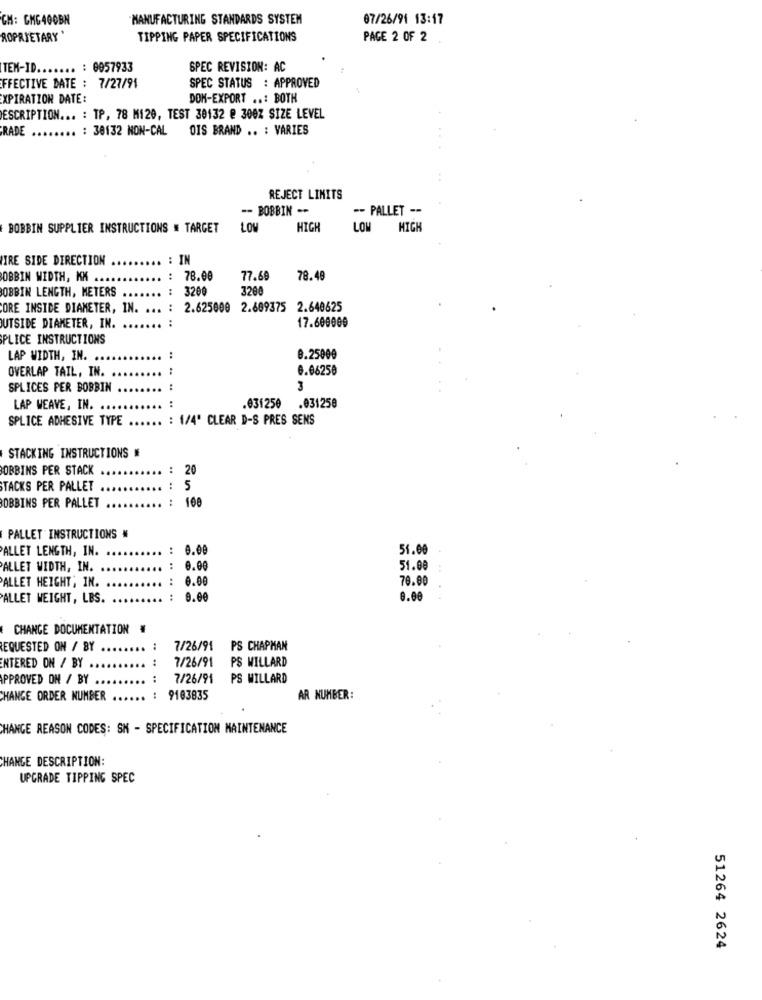
CH: GHG400BN
MANUFACTURING STANDARDS SYSTEM
07/26/91 13:17
ROPRIETARY
TIPPING PAPER SPECIFICATIONS
PAGE 2 OF 2
TEM-ID ....... : 0057933
SPEC REVISION: AC
SPEC STATUS : APPROVED
FFECTIVE DATE : 7/27/91
XPIRATION DATE:
DOM-EXPORT ..: BOTH
ESCRIPTION ... : TP, 78 M120, TEST 30132 @ 300Z SIZE LEVEL
RADE
: 38132 NON-CAL
OIS BRAND .. : VARIES
REJECT LIMITS
-- BOBBIN --
-- PALLET --
BOBBIN SUPPLIER INSTRUCTIONS = TARGET
LOW
HIGH
LOW
MICH
IRE SIDE DIRECTION
: IN
OBBIN WIDTH, KK .
: 78.00
77.69
78.48
OBBIN LENGTH, METERS
:
3200
3200
ORE INSIDE DIAMETER, IN.
.. : 2.625000 2.609375 2.640625
UTSIDE DIAMETER, IN.
17.600000
PLICE INSTRUCTIONS
LAP WIDTH, IN. .
8.25000
OVERLAP TAIL, IN.
6.06250
SPLICES PER BOBBIN
..
LAP WEAVE, IN. ...
.031250 .031258
SPLICE ADHESIVE TYPE
: 1/4' CLEAR D-S PRES SENS
STACKING INSTRUCTIONS #
BOBBINS PER STACK
...... : 20
STACKS PER PALLET
.. : 5
: 100
BOBBINS PER PALLET
PALLET INSTRUCTIONS #
PALLET LENGTH, IN.
: 0.00
51.00
PALLET WIDTH, IN. ..
: 0.00
51.00
ALLET HEIGHT, IN.
.. : 0.00
70.00
ALLET WEIGHT, LBS.
: 0.00
0.00
CHANCE DOCUMENTATION
REQUESTED ON / BY
..... .
7/26/91
PS CHAPMAN
7/26/91
PS WILLARD
ENTERED ON / BY .
...
PPROVED ON / BY ..
...
7/26/91
PS WILLARD
CHANGE ORDER NUMBER ..
.. :
9103835
AR NUMBER:
HANGE REASON CODES: SK - SPECIFICATION MAINTENANCE
HANGE DESCRIPTION:
UPGRADE TIPPING SPEC
51264 2624